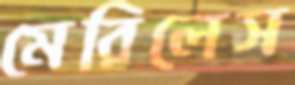
মেরিলেস